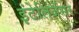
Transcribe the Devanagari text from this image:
इंटेलिजेंसर